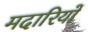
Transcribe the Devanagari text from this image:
मदारियों